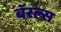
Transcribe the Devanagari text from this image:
बॅरल्स